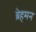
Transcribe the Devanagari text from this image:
ब्रेहमन